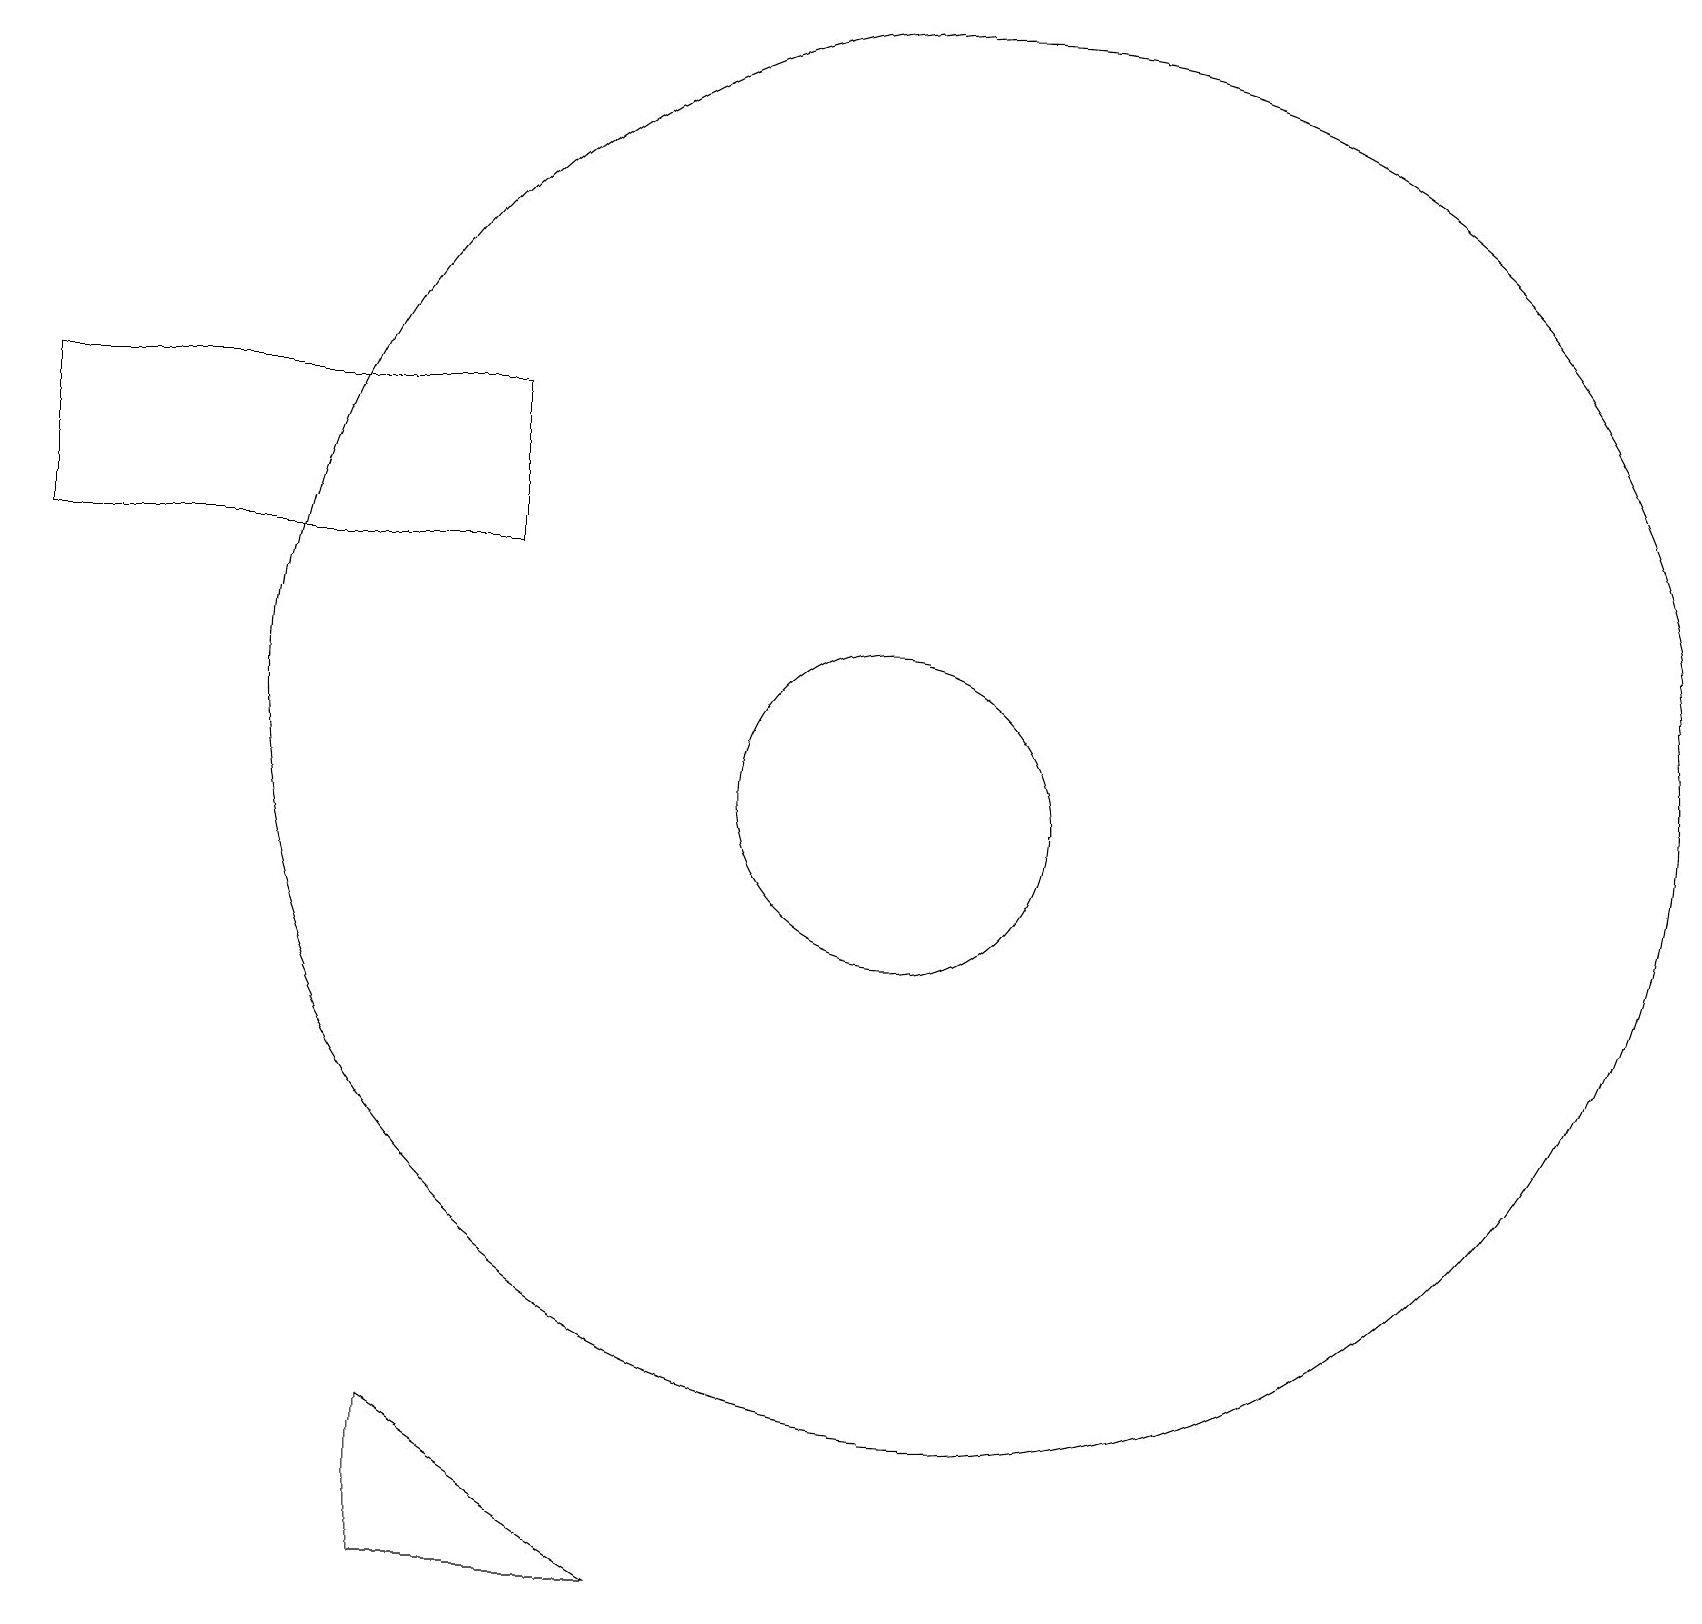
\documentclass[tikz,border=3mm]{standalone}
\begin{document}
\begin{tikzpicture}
\draw (8,1) -- (5,1) -- (5,3) -- cycle;
\draw (0,14) rectangle (6,16);
\draw (11,11) circle (2);
\draw (12,12) circle (9);
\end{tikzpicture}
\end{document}